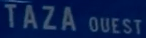
TAZA OUEST